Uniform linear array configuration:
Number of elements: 12
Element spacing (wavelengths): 0.75
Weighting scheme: hamming
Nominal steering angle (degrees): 60
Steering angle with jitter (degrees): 61.743
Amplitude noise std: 0.05
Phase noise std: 0.05

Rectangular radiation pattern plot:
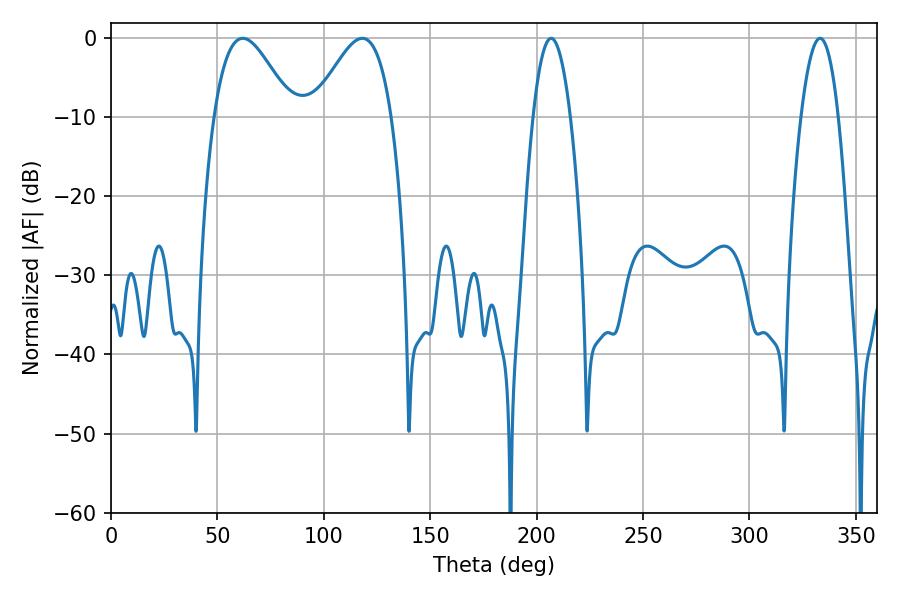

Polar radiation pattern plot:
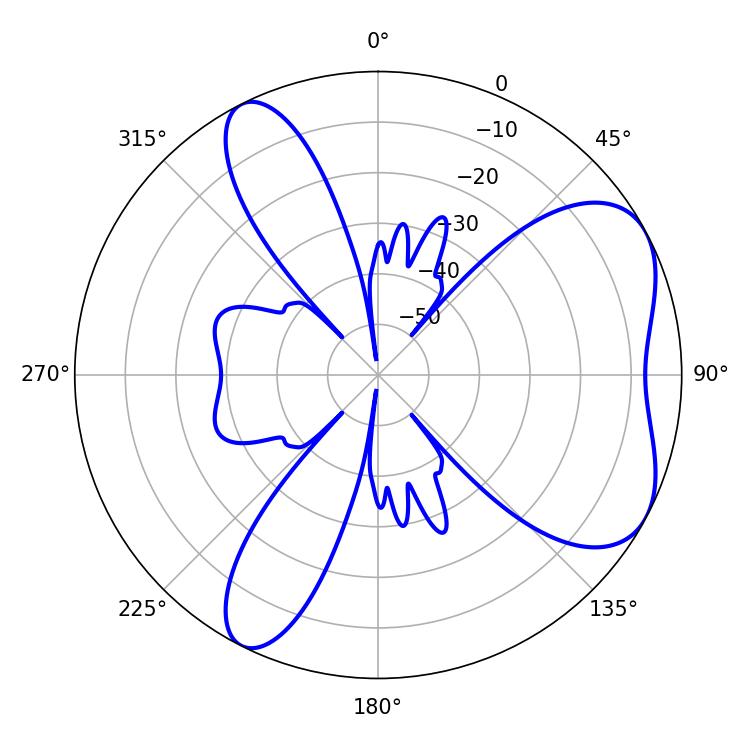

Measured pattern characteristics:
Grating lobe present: TRUE
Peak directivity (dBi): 5.738
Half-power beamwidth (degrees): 19.62
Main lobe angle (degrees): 61.92